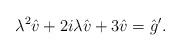
LaTeX: \begin{align*}\lambda^2\hat v+2i\lambda\hat v+3\hat v=\hat g'.\end{align*}